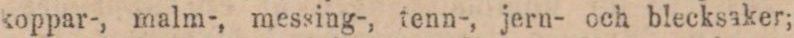
koppar-, malm-, messing-, tenn-, jern- och blecksaker;